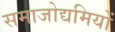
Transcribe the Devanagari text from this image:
समाजोद्यमियों